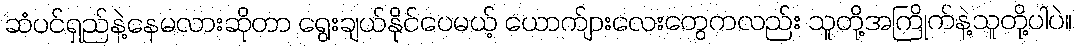
ဆံပင်ရှည်နဲ့နေမလားဆိုတာ ရွေးချယ်နိုင်ပေမယ့် ယောက်ျားလေးတွေကလည်း သူတို့အကြိုက်နဲ့သူတို့ပါပဲ။